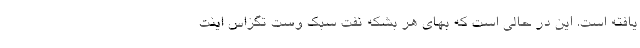
یافته است. این در حالی است که بهای هر بشکه نفت سبک وست تگزاس اینت